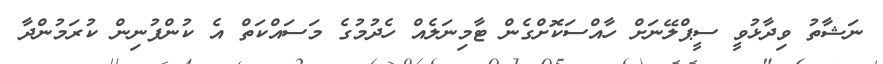
ނަޝާތު ވިދާޅުވީ ސީޕްލޭނަށް ހާއްސަކޮށްގެން ޓާމިނަލެއް ހެދުމުގެ މަސައްކަތް އެ ކުންފުނިން ކުރަމުންދާ